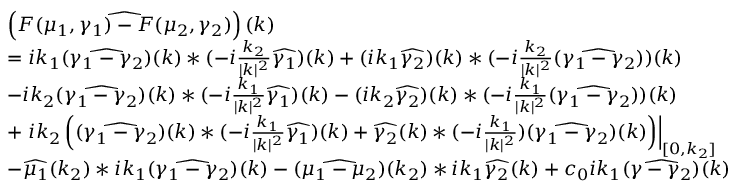
\begin{array} { r l } & { \left( \widehat { F ( \mu _ { 1 } , \gamma _ { 1 } ) - F ( { \mu _ { 2 } , \gamma _ { 2 } } ) } \right) ( k ) } \\ & { = i k _ { 1 } ( \widehat { \gamma _ { 1 } - { \gamma _ { 2 } } } ) ( k ) * ( - i \frac { k _ { 2 } } { | k | ^ { 2 } } \widehat { \gamma _ { 1 } } ) ( k ) + ( i k _ { 1 } \widehat { { \gamma _ { 2 } } } ) ( k ) * ( - i \frac { k _ { 2 } } { | k | ^ { 2 } } ( \widehat { \gamma _ { 1 } - { \gamma _ { 2 } } } ) ) ( k ) } \\ & { - i k _ { 2 } ( \widehat { \gamma _ { 1 } - { \gamma _ { 2 } } } ) ( k ) * ( - i \frac { k _ { 1 } } { | k | ^ { 2 } } \widehat { \gamma _ { 1 } } ) ( k ) - ( i k _ { 2 } \widehat { { \gamma _ { 2 } } } ) ( k ) * ( - i \frac { k _ { 1 } } { | k | ^ { 2 } } ( \widehat { \gamma _ { 1 } - { \gamma _ { 2 } } } ) ) ( k ) } \\ & { + \left. i k _ { 2 } \left( ( \widehat { \gamma _ { 1 } - { \gamma _ { 2 } } } ) ( k ) * ( - i \frac { k _ { 1 } } { | k | ^ { 2 } } \widehat { \gamma _ { 1 } } ) ( k ) + \widehat { { \gamma _ { 2 } } } ( k ) * ( - i \frac { k _ { 1 } } { | k | ^ { 2 } } ) ( \widehat { \gamma _ { 1 } - { \gamma _ { 2 } } } ) ( k ) \right) \right| _ { [ 0 , k _ { 2 } ] } } \\ & { - \widehat { \mu _ { 1 } } ( k _ { 2 } ) * i k _ { 1 } ( \widehat { \gamma _ { 1 } - { \gamma _ { 2 } } } ) ( k ) - ( \widehat { \mu _ { 1 } - \mu _ { 2 } } ) ( k _ { 2 } ) * i k _ { 1 } \widehat { \gamma _ { 2 } } ( k ) + c _ { 0 } i k _ { 1 } ( \widehat { \gamma - { \gamma _ { 2 } } } ) ( k ) } \end{array}